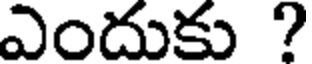
ఎందుకు ?